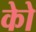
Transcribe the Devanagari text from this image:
कोे